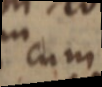
cum